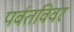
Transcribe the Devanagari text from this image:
पर्वतविवर